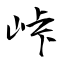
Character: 峠